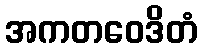
အကတဝေဒိတံ